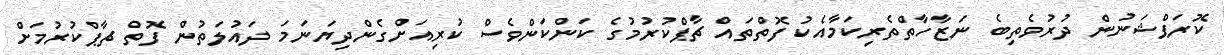
ކޮރަޕްޝަނުން ދުރުވެތިބެ ނަޒާހާތްތެރިކަމާއެކު ފޮތްތައް ޗާޕްކުރުމުގެ ކަންކަންވެސް ކުރިއަށްގެންދިޔަނަމަ ދައުލަތުން ފޮތް ޗާޕްކުރުމަށް